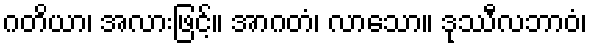
ဂတိယာ၊ အလားဖြင့်။ အာဂတံ၊ လာသော။ ဒုဿီလဘာဝံ၊